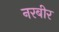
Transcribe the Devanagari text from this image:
नरबीर